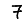
Digit: 7